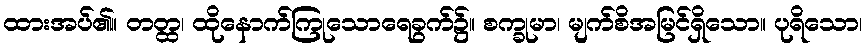
ထားအပ်၏။ တတ္ထ၊ ထိုနောက်ကြုသောရေခွက်၌။ စက္ခုမာ၊ မျက်စိအမြင်ရှိသော။ ပုရိသော၊